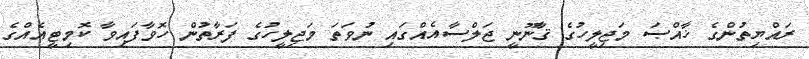
ރައްޔިތުންގެ ޚާއްޞަ މަޖިލީހުގެ ޤާނޫނީ ޖަލްސާއެއްގައި ނުވަތަ މަޖިލީހުގެ ފަރާތުން ހޮވާފައިވާ ކޮމިޓީއެއްގެ